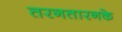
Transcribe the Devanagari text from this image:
तरनतारनके